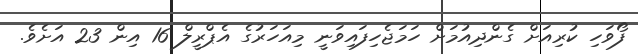
ފޯވަހި ކުރިއަށް ގެންދިއުމަށް ހަމަޖެހިފައިވަނީ މިއަހަރުގެ އެޕްރީލް 16 އިން 23 އަށެވެ.